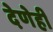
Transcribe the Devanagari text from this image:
देणेही